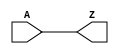
module CLKBUF_X2 (A, Z);
  input A;
  output Z;

  buf(Z, A);


endmodule